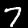
Label: 7